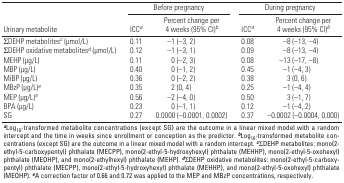
<table><thead><tr><td colspan="3"><b>Before pregnancy</b></td><td colspan="3"><b>During pregnancy</b></td></tr><tr><td><b>Urinary metabolite</b></td><td><b>ICCa</b></td><td><b>Percent change per 4 weeks (95% CI)b</b></td><td><b>ICCa</b></td><td><b>Percent change per 4 weeks (95% CI)b</b></td></tr></thead><tbody><tr><td>ΣDEHP metabolitesc (μmol/L)</td><td></td><td>0.11</td><td></td><td>–1 (–3, 2)</td><td></td><td>0.08</td><td></td><td>–8 (–13, –4)</td></tr><tr><td>ΣDEHP oxidative metabolitesd (μmol/L)</td><td></td><td>0.12</td><td></td><td>–1 (–3, 1)</td><td></td><td>0.09</td><td></td><td>–8 (–13, –4)</td></tr><tr><td>MEHP (μg/L)</td><td></td><td>0.11</td><td></td><td>0 (–2, 3)</td><td></td><td>0.08</td><td></td><td>–13 (–17, –8)</td></tr><tr><td>MBP (μg/L)</td><td></td><td>0.40</td><td></td><td>0 (–1, 2)</td><td></td><td>0.45</td><td></td><td>–1 (–4, 3)</td></tr><tr><td>MiBP (μg/L)</td><td></td><td>0.36</td><td></td><td>0 (–2, 2)</td><td></td><td>0.38</td><td></td><td>3 (0, 6)</td></tr><tr><td>MBzP (μg/L)e</td><td></td><td>0.35</td><td></td><td>2 (0, 4)</td><td></td><td>0.25</td><td></td><td>–1 (–4, 4)</td></tr><tr><td>MEP (μg/L)e</td><td></td><td>0.56</td><td></td><td>–2 (–4, 0)</td><td></td><td>0.50</td><td></td><td>3 (–1, 7)</td></tr><tr><td>BPA (μg/L)</td><td></td><td>0.23</td><td></td><td>0 (–1, 1)</td><td></td><td>0.12</td><td></td><td>–1 (–4, 2)</td></tr><tr><td>SG</td><td></td><td>0.27</td><td></td><td>0.0000 (–0.0001, 0.0002)</td><td></td><td>0.37</td><td></td><td>–0.0002 (–0.0004, 0.000)</td></tr><tr><td colspan="9">aLog10-transformed metabolite concentrations (except SG) arethe outcome in a linear mixed model with a random intercept and the timein weeks since enrollment or conception as the predictor.bLog10-transformed metabolite concentrations (except SG) are the outcomein a linear mixed model with a random intercept. cΣDEHP metabolites:mono(2-ethyl-5-carboxypentyl) phthalate (MECPP),mono(2-ethyl-5-hydroxyhexyl) phthalate (MEHHP), mono(2-ethyl-5-oxohexyl)phthalate (MEOHP), and mono(2-ethylhexyl) phthalate (MEHP). dΣDEHPoxidative metabolites: mono(2-ethyl-5-carboxypentyl) phthalate (MECPP),mono(2-ethyl-5-hydroxyhexyl) phthalate (MEHHP), andmono(2-ethyl-5-oxohexyl) phthalate (MEOHP). eA correction factor of 0.66and 0.72 was applied to the MEP and MBzP concentrations,respectively.</td></tr></tbody></table>